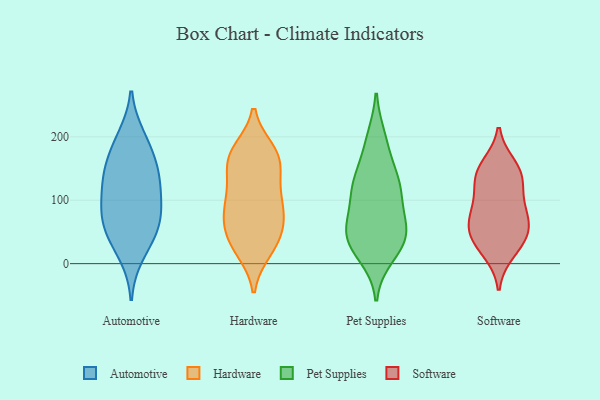
{"axis": {"x": "Temperature (°C)", "y": "Value"}, "legend": ["Automotive", "Hardware", "Pet Supplies", "Software"], "data": [{"x": "", "y": 132, "type": "Automotive"}, {"x": "", "y": 50, "type": "Automotive"}, {"x": "", "y": 199, "type": "Automotive"}, {"x": "", "y": 189, "type": "Automotive"}, {"x": "", "y": 137, "type": "Automotive"}, {"x": "", "y": 85, "type": "Automotive"}, {"x": "", "y": 159, "type": "Automotive"}, {"x": "", "y": 142, "type": "Automotive"}, {"x": "", "y": 97, "type": "Automotive"}, {"x": "", "y": 89, "type": "Automotive"}, {"x": "", "y": 48, "type": "Automotive"}, {"x": "", "y": 59, "type": "Automotive"}, {"x": "", "y": 15, "type": "Automotive"}, {"x": "", "y": 80, "type": "Hardware"}, {"x": "", "y": 101, "type": "Hardware"}, {"x": "", "y": 147, "type": "Hardware"}, {"x": "", "y": 37, "type": "Hardware"}, {"x": "", "y": 21, "type": "Hardware"}, {"x": "", "y": 22, "type": "Hardware"}, {"x": "", "y": 88, "type": "Hardware"}, {"x": "", "y": 40, "type": "Hardware"}, {"x": "", "y": 53, "type": "Hardware"}, {"x": "", "y": 68, "type": "Hardware"}, {"x": "", "y": 176, "type": "Hardware"}, {"x": "", "y": 80, "type": "Hardware"}, {"x": "", "y": 159, "type": "Hardware"}, {"x": "", "y": 169, "type": "Hardware"}, {"x": "", "y": 171, "type": "Hardware"}, {"x": "", "y": 129, "type": "Hardware"}, {"x": "", "y": 178, "type": "Hardware"}, {"x": "", "y": 112, "type": "Hardware"}, {"x": "", "y": 118, "type": "Pet Supplies"}, {"x": "", "y": 38, "type": "Pet Supplies"}, {"x": "", "y": 139, "type": "Pet Supplies"}, {"x": "", "y": 123, "type": "Pet Supplies"}, {"x": "", "y": 13, "type": "Pet Supplies"}, {"x": "", "y": 113, "type": "Pet Supplies"}, {"x": "", "y": 27, "type": "Pet Supplies"}, {"x": "", "y": 57, "type": "Pet Supplies"}, {"x": "", "y": 39, "type": "Pet Supplies"}, {"x": "", "y": 187, "type": "Pet Supplies"}, {"x": "", "y": 197, "type": "Pet Supplies"}, {"x": "", "y": 45, "type": "Pet Supplies"}, {"x": "", "y": 72, "type": "Pet Supplies"}, {"x": "", "y": 59, "type": "Pet Supplies"}, {"x": "", "y": 124, "type": "Pet Supplies"}, {"x": "", "y": 19, "type": "Software"}, {"x": "", "y": 56, "type": "Software"}, {"x": "", "y": 35, "type": "Software"}, {"x": "", "y": 139, "type": "Software"}, {"x": "", "y": 69, "type": "Software"}, {"x": "", "y": 154, "type": "Software"}, {"x": "", "y": 95, "type": "Software"}, {"x": "", "y": 141, "type": "Software"}, {"x": "", "y": 62, "type": "Software"}, {"x": "", "y": 39, "type": "Software"}, {"x": "", "y": 91, "type": "Software"}, {"x": "", "y": 134, "type": "Software"}]}